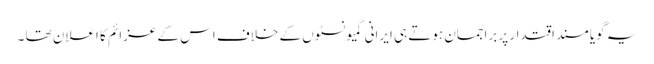
یہ گویا مسندِ اقتدار پر براجمان ہوتے ہی ایرانی کمیونسٹوں کے خلاف اس کے عزائم کا اعلان تھا ۔